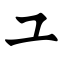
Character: ユ